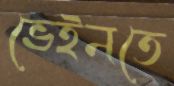
ভেইনতে